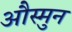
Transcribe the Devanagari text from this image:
औस्मुन